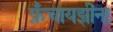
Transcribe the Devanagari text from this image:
फ्रँचायझींना